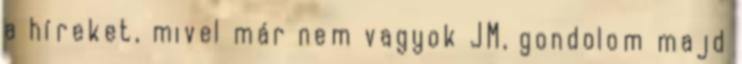
a híreket, mivel már nem vagyok JM, gondolom majd